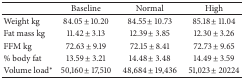
<table><thead><tr><td><b> </b></td><td><b>Baseline</b></td><td><b>Normal</b></td><td><b>High</b></td></tr></thead><tbody><tr><td>Weight kg</td><td>84.05 ± 10.20</td><td>84.55 ± 10.73</td><td>85.18 ± 11.04</td></tr><tr><td>Fat mass kg</td><td>11.42 ± 3.13</td><td>12.39 ± 3.85</td><td>12.30 ± 3.26</td></tr><tr><td>FFM kg</td><td>72.63 ± 9.19</td><td>72.15 ± 8.41</td><td>72.73 ± 9.65</td></tr><tr><td>% body fat</td><td>13.59 ± 3.21</td><td>14.48 ± 3.48</td><td>14.49 ± 3.59</td></tr><tr><td>Volume load<sup><i>∗</i></sup></td><td>50,160 ± 17,510</td><td>48,684 ± 19,436</td><td>51,023 ± 20224</td></tr></tbody></table>